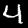
Label: 4